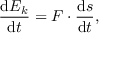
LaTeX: { \frac { \mathrm { d } E _ { k } } { \mathrm { d } t } } = F \cdot { \frac { \mathrm { d } s } { \mathrm { d } t } } ,